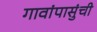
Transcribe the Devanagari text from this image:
गावांपासुंची